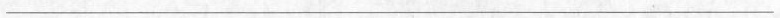
___